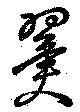
翼